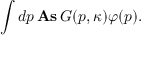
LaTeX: \int d p \, \mathrm { \bf A s } \, G ( p , \kappa ) \varphi ( p ) .